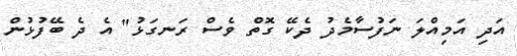
އަދި އަމިއްލަ ނަފުސާމެދު ދެކޭ ގޮތް ވެސް ރަނގަޅު" އެ ދެ ބޭފުޅުން